Report of an investigation into the causes of the diseases known in Assam as Kála-Azár and Beri-Beri
Disease focus: Beri-Beri
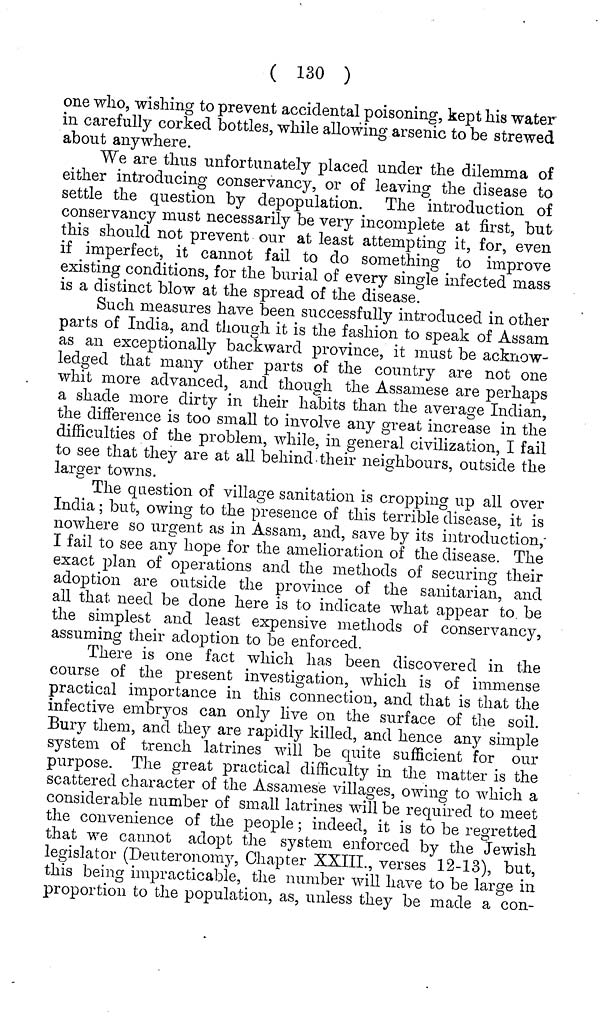
( 130 )
one wlio, wishing to prevent accidental poisoning, kept his water
in carefully corked bottles, while allowing arsenic to be strewed
about anywhere.
We are thus unfortunately placed under the dilemma of
either introducing conservancy, or of leaving the disease to
settle the question by depopulation. The introduction of
conservancy must necessarily be very incomplete at first, but
this should not prevent our at least attempting it, for, even
if imperfect, it cannot fail to do something to improve
existing conditions, for the burial of every single infected mass
is a distinct blow at the spread of the disease.
Such measures have been successfully introduced in other
parts of India, and though it is the fashion to speak of Assam
as an exceptionally backward province, it must be acknow-
ledged that many other parts of the country are not one
whit more advanced, and though the Assamese are perhaps
a shade more dirty in their habits than the average Indian,
the difference is too small to involve any great increase in the
difficulties of the problem, while, in general civilization, I fail
to see that they are at all behind'their neighbours, outside the
larger towns.
The question of village sanitation is cropping up all over
India; but, owing to the presence of this terrible disease, it is
nowhere so urgent as in Assam, and, save by its introduction,
I fail to see any hope for the amelioration of the disease. The
exact plan of operations and the methods of securing their
adoption are outside the province of the sanitarian, and
all that need be done here is to indicate what appear to be
the simplest and least expensive methods of conservancy,
assuming their adoption to be enforced.
There is one fact which has been discovered in the
course of the present investigation, which is of immense
practical importance in this connection, and that is that the
infective embryos can only live on the surface of the soil.
Bury them, and they are rapidly killed, and hence any simple
system of trench latrines will be quite sufficient for our
purpose. The great practical difficulty in the matter is the
scattered character of the Assamese villages, owing to which a
considerable number of small latrines will be required to meet
the convenience of the people; indeed, it is to be regretted
that we cannot adopt the system enforced by the Jewish
legislator (Deuteronomy, Chapter XXIII., verses 12-13), but,
this being impracticable, the number will have to be large in
proportion to the population, as, unless they be made a con-